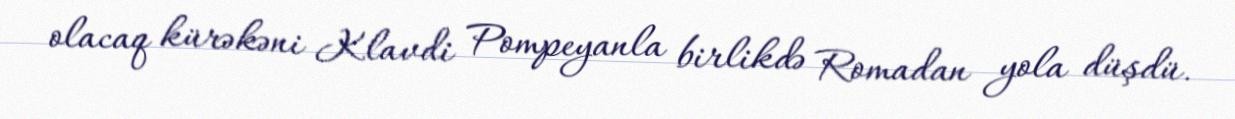
olacaq kürəkəni Klavdi Pompeyanla birlikdə Romadan yola düşdü.